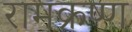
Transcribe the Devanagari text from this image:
रामक्रष्ण